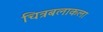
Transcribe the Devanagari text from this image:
चित्रबलाकला